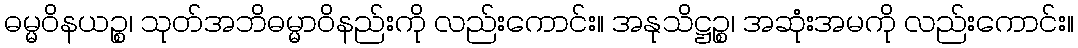
ဓမ္မဝိနယဉ္စ၊ သုတ်အဘိဓမ္မာဝိနည်းကို လည်းကောင်း။ အနုသိဋ္ဌဉ္စ၊ အဆုံးအမကို လည်းကောင်း။